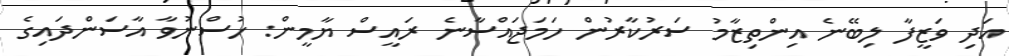
އަދި ވަޒީފާ ލިބޭނެ އިންތިޒާމު ސަރުކާރުން ހަމަޖައްސާނެ ރައީސް ޔާމީން: ހުސްނުވާ އާސަންދައިގެ